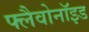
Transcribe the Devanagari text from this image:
फ्लैवोनाॅइड